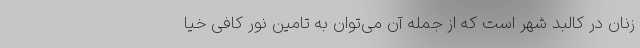
زنان در کالبد شهر است که از جمله آن می‌توان به تامین نور کافی خیا